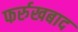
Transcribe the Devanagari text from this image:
फर्रुखबाद